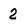
Character: 2